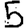
Digit: 5